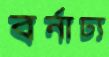
বর্নাঢ্য